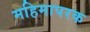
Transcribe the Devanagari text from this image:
महिमापरक